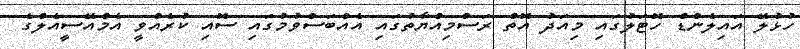
ހުޅުލޭ އައިލެންޑް ހޮޓަލުގައި މިއަދު އޮތް ރަސްމިއްޔާތުގައި އެއްބަސްވުމުގައި ސޮއި ކުރެއްވީ އެމްއޭސީއެލްގެ